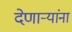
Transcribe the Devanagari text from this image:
देणार्‍यांना